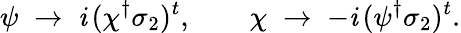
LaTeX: \psi\; \to\; \mathit{i}\, (\chi^{\dagger}\sigma_{2})^{t},\qquad\chi\; \to\; -\mathit{i}\, (\psi^{\dagger}\sigma_{2})^{t}.